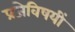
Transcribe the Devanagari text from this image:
प्रजेविषयीं